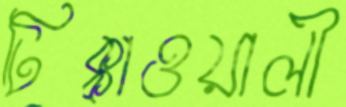
টিক্কাওয়ালী